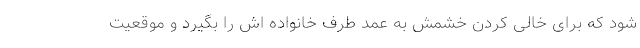
شود که برای خالی کردن خشمش به عمد طرف خانواده اش را بگیرد و موقعیت